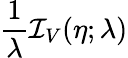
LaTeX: \frac{1}{\lambda}\mathcal{I}_{V}(\eta;\lambda)